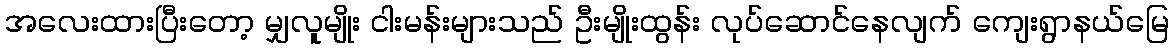
အလေးထားပြီးတော့ မျှလူမျိုး ငါးမန်းများသည် ဦးမျိုးထွန်း လုပ်ဆောင်နေလျက် ကျေးရွာနယ်မြေ